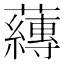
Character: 𮓁